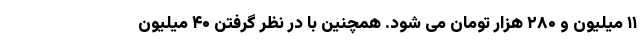
۱۱ میلیون و ۲۸۰ هزار تومان می شود. همچنین با در نظر گرفتن ۴۰ میلیون